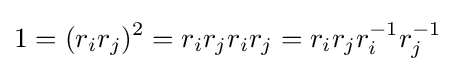
1=(r_{i}r_{j})^{2}=r_{i}r_{j}r_{i}r_{j}=r_{i}r_{j}r_{i}^{-1}r_{j}^{-1}